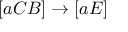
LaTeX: [ a C B ] \rightarrow [ a E ]